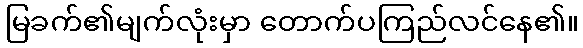
မြခက်၏မျက်လုံးမှာ တောက်ပကြည်လင်နေ၏။